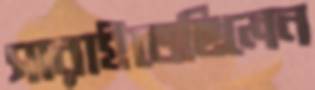
সারাইতেছিলেন